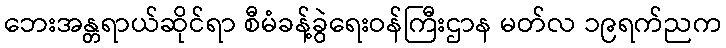
ဘေးအန္တရာယ်ဆိုင်ရာ စီမံခန့်ခွဲရေးဝန်ကြီးဌာန မတ်လ ၁၉ရက်ညက